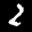
Label: 2